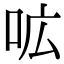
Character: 𭇗